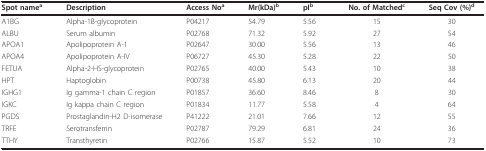
| Spot namea | Description | Access Noa | Mr(kDa)b | pIb | No. of Matchedc | Seq Cov (%)d |
 | --- | --- | --- | --- | --- | --- | --- |
 | A1BG | Alpha-1B-glycoprotein | P04217 | 54.79 | 5.56 | 15 | 30 |
 | ALBU | Serum albumin | P02768 | 71.32 | 5.92 | 27 | 54 |
 | APOA1 | Apolipoprotein A-1 | P02647 | 30.00 | 5.56 | 13 | 46 |
 | APOA4 | Apolipoprotein A-IV | P06727 | 45.30 | 5.28 | 22 | 50 |
 | FETUA | Alpha-2-HS-glycoprotein | P02765 | 40.00 | 5.43 | 10 | 38 |
 | HPT | Haptoglobin | P00738 | 45.80 | 6.13 | 20 | 44 |
 | IGHG1 | Ig gamma-1 chain C region | P01857 | 36.60 | 8.46 | 8 | 30 |
 | IGKC | Ig kappa chain C region | P01834 | 11.77 | 5.58 | 4 | 64 |
 | PGDS | Prostaglandin-H2 D-isomerase | P41222 | 21.01 | 7.66 | 12 | 55 |
 | TRFE | Serotransferrin | P02787 | 79.29 | 6.81 | 24 | 36 |
 | TTHY | Transthyretin | P02766 | 15.87 | 5.52 | 10 | 73 |